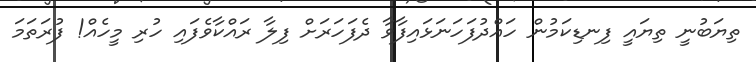
ތިޔަބުނީ ތިޔައީ ފިނޑިކަމުން ހައްދުފަހަނަޅައިފާވާ ދެފަހަރަށް ފިލާ ރައްކާވެފައި ހުރި މީހެއް! ފުރަތަމަ